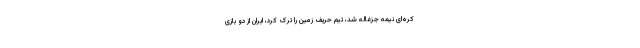
کره‌ای نیمه‌ جزغاله شد، تیم حریف زمین را ترک کرد، ایران از دو بازی